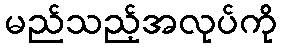
မည်သည့်အလုပ်ကို